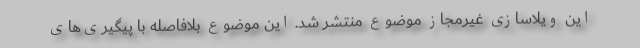
این ویلاسازی غیرمجاز موضوع منتشر شد. این موضوع بلافاصله با پیگیری‌های